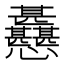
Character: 𢦊